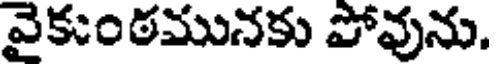
వైకుంఠమునకు పోవును.